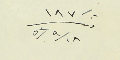
١٨٧ وذلك ٥٣/٩/١٨